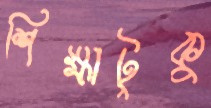
শিক্ষাটুকু